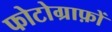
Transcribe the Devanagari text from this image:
फोटोग्राफ़ों